Lunatic asylums in Bengal annual reports 1912-1924 - 1912-1924
Year: 1912
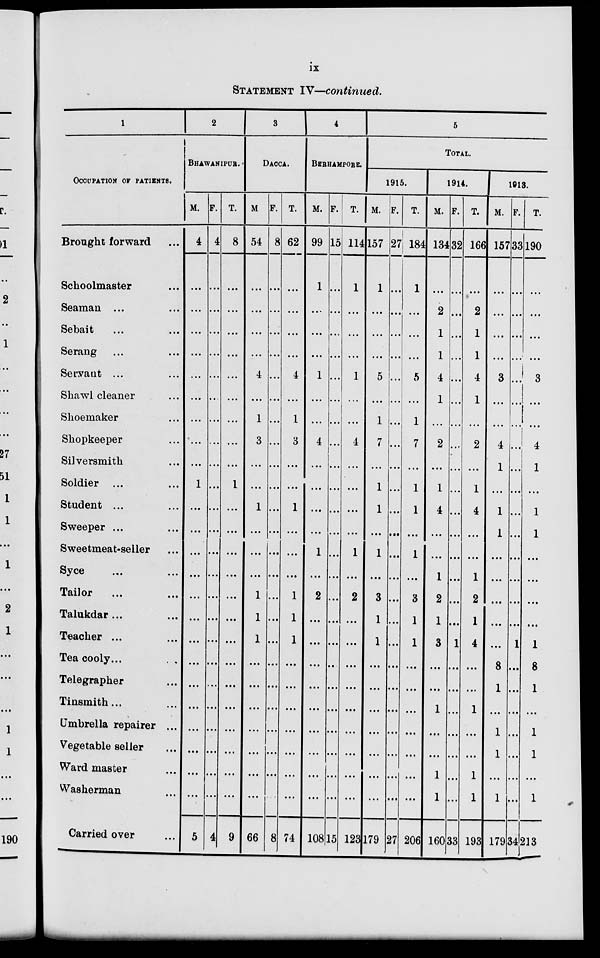
ix
STATEMENT IV—continued.
1
OCCUPATION OF PATIENTS.
Brought forward ...
Schoolmaster ...
Seaman ... ...
Sebait ... ...
Serang ... ...
Servant ... ...
Shawl cleaner ...
Shoemaker ...
Shopkeeper ...
Silversmith ...
Soldier ... ...
Student ... ...
Sweeper ... ...
Sweetmeat-seller ...
Syce ... ...
Tailor ... ...
Talukdar ... ...
Techer ... ...
Tea cooly
...
...
Telegrapher ...
Tinsmith... ...
Umbrella repairer ...
Vegetable seller ...
Ward master ...
Washerman ...
Carried over ...
2
BHAWANIPUR.
M.
4
...
...
...
...
...
...
...
...
...
1
...
...
...
...
....
...
...
...
...
...
...
...
...
...
5
F.
4
...
...
...
...
...
...
...
...
...
...
...
...
...
...
...
...
...
...
...
...
...
...
...
...
4
T.
8
...
...
...
...
...
...
...
...
...
1
...
...
...
...
...
...
...
...
...
...
...
...
...
...
9
3
DACCA.
M
54
...
...
...
...
4
...
1
3
...
...
1
...
...
...
1
1
1
...
...
...
...
...
...
...
66
F.
8
...
...
...
...
...
...
...
...
...
...
...
...
...
...
...
...
...
...
...
...
...
...
...
...
8
T.
62
...
...
...
...
4
...
1
3
...
...
1
...
...
...
1
1
1
...
...
...
...
...
...
...
74
4
BERHAMPORE.
M.
99
1
...
...
...
1
...
...
4
...
...
...
...
1
...
2
...
...
...
...
...
...
...
...
...
108
F.
15
...
...
...
...
...
...
...
...
...
...
...
...
...
...
...
...
...
...
...
...
...
...
...
...
15
T.
114
1
...
...
...
1
...
...
4
...
...
...
...
1
...
2
...
...
...
...
...
...
...
...
...
123
5
TOTAL.
1915.
M.
157
1
...
...
...
5
...
1
7
...
1
1
...
1
...
3
1
1
...
...
...
...
...
...
...
179
F.
27
...
...
...
...
...
...
...
...
...
...
...
...
...
...
...
...
...
...
...
...
...
...
...
...
27
T.
184
1
...
...
...
5
...
1
7
...
1
1
...
1
...
3
1
1
...
...
...
...
...
.....
.....
206
1914.
M.
134
...
2
1
1
4
1
...
2
...
1
4
...
...
1
2
1
3
...
...
1
...
...
1
1
160
F.
32
...
...
...
...
...
...
...
...
...
...
...
...
...
...
...
...
1
...
...
...
...
...
...
...
33
T.
166
...
2
1
1
4
1
...
2
...
1
4
...
...
1
2
1
4
...
...
1
...
...
1
1
193
1913.
M.
157
...
...
...
...
3
...
...
4
1
...
1
1
...
...
...
...
...
8
1
...
1
1
...
1
179
F.
33
...
...
...
...
...
...
...
...
...
...
...
...
...
...
...
...
1
...
...
...
...
...
...
...
34
T.
190
...
...
...
...
3
...
...
4
1
...
1
1
...
...
...
...
1
8
1
...
1
1
...
1
213